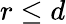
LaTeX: r\leq d